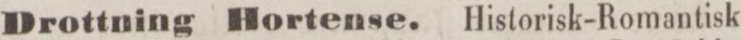
Drottning Hortense. Historisk-Romantisk